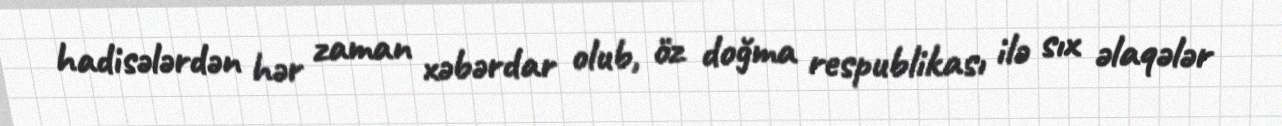
hadisələrdən hər zaman xəbərdar olub, öz doğma respublikası ilə sıx əlaqələr